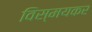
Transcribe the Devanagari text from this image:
विस्मयकर